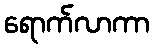
ရောက်လာကာ